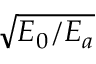
\sqrt { E _ { 0 } / E _ { a } }